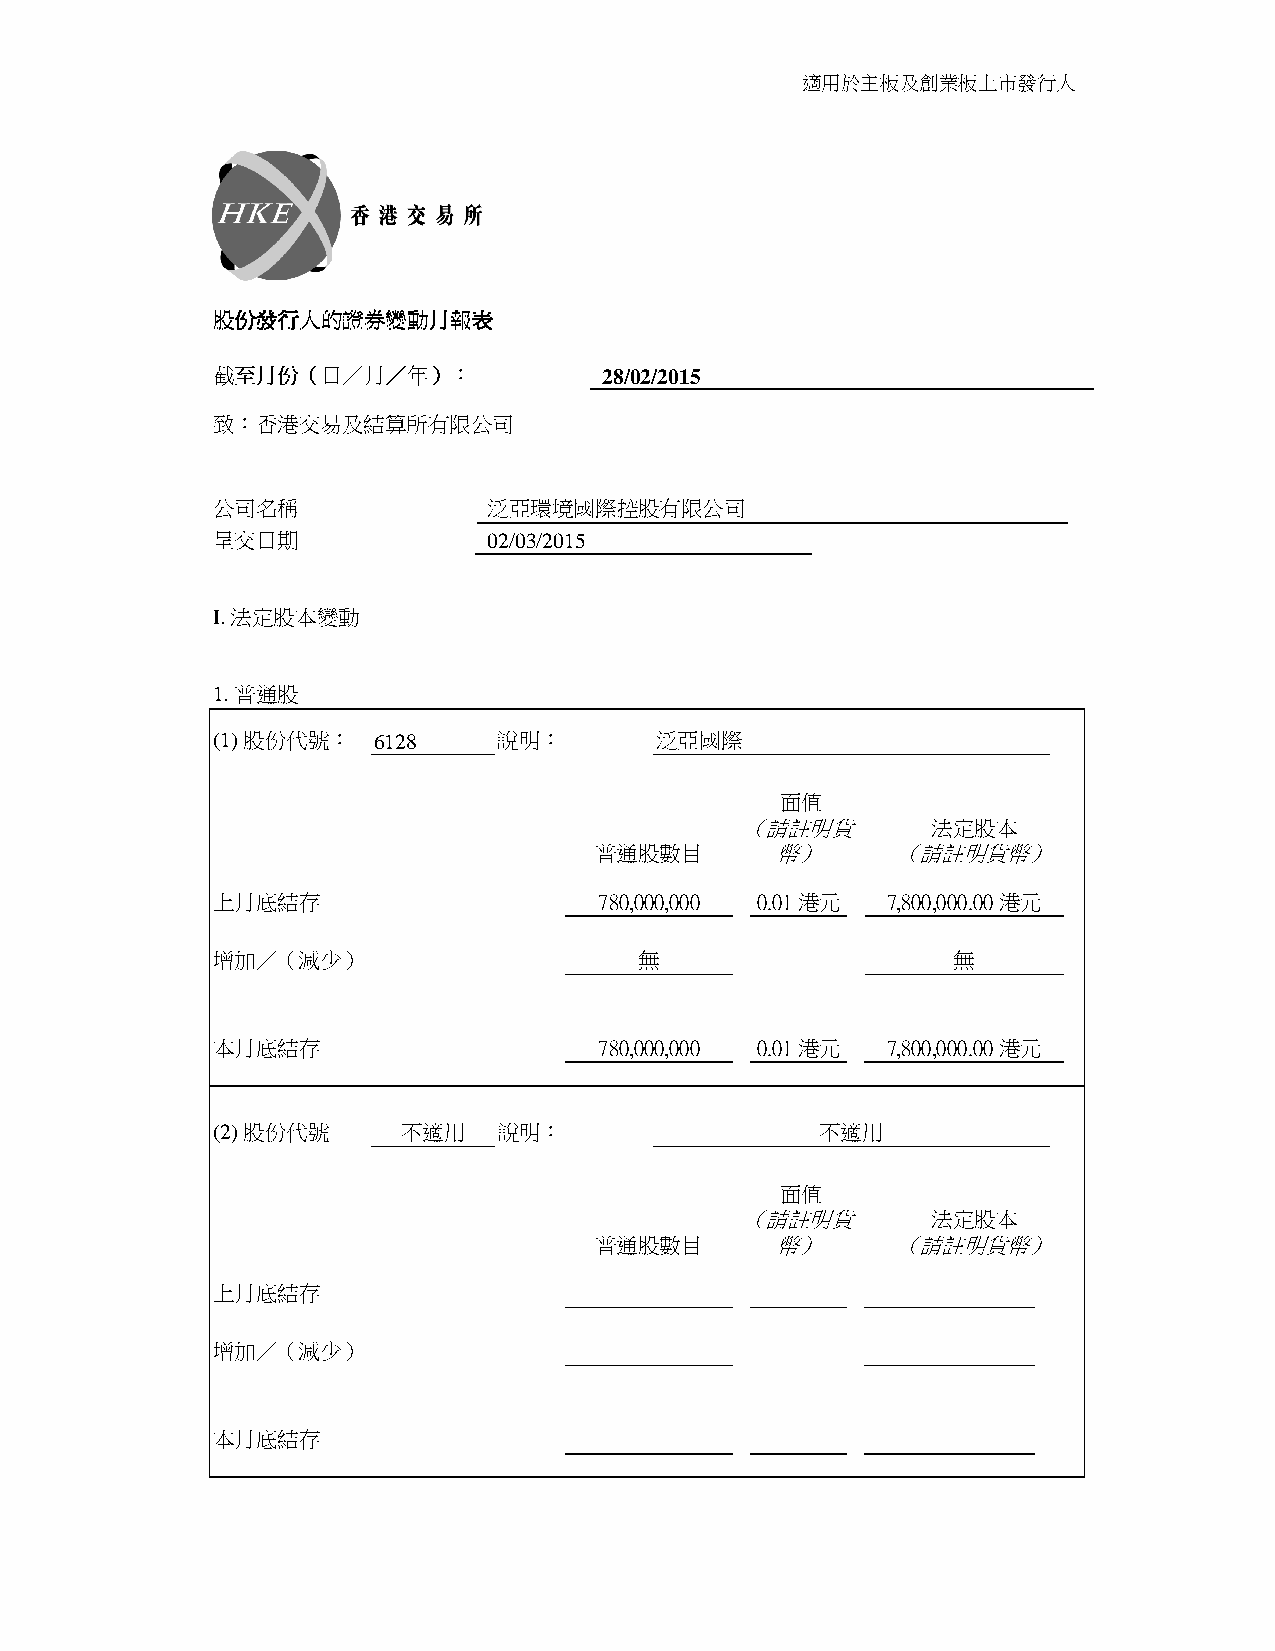
適用於主板及創業板上市發行人
 股股股股份份份份發發發發行行行行人人人人的的的的證證證證券券券券變變變變動動動動月月月月報報報報表表表表
 截截截截至至至至月月月月份份份份（（（（日日日日／／／／月月月月／／／／年年年年））））：：：： 28/02/2015
 致：香港交易及結算所有限公司
 公司名稱              泛亞環境國際控股有限公司
 呈交日期              02/03/2015
 I. 法定股本變動
 1. 普通股
 (1) 股份代號：  6128    說明：       泛亞國際
 面值
 （請註明貨        法定股本
 普通股數目       幣）      （請註明貨幣）
 上月底結存                     780,000,000 0.01港元 7,800,000.00港元
 增加／（減少）                     無                    無
 本月底結存                     780,000,000 0.01港元 7,800,000.00港元
 (2) 股份代號     不適用   說明：                  不適用
 面值
 （請註明貨        法定股本
 普通股數目       幣）      （請註明貨幣）
 上月底結存
 增加／（減少）
 本月底結存